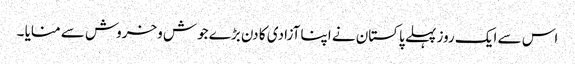
اس سے ایک روز پہلے پاکستان نے اپنا آزادی کا دن بڑے جوش وخروش سے منایا ۔